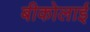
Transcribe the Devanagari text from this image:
बीकोलाई